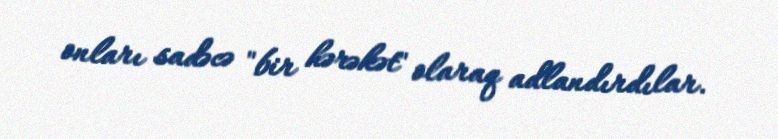
onları sadəcə "bir hərəkət" olaraq adlandırdılar.